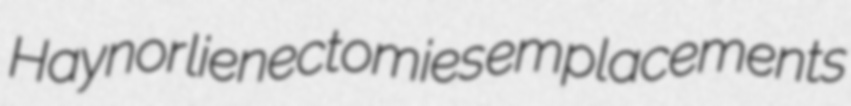
Haynor lienectomies emplacements